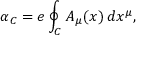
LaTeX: \alpha _ { C } = e \oint _ { C } A _ { \mu } ( x ) \, d x ^ { \mu } ,